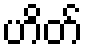
ဟိတ်